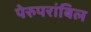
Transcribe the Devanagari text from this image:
पेरुपरांबिल